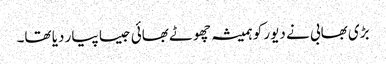
بڑی بھابی نے دیور کو ہمیشہ چھوٹے بھائی جیسا پیار دیا تھا۔